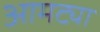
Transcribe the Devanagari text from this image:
आमट्या